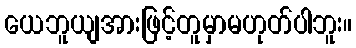
ယေဘူယျအားဖြင့်တူမှာမဟုတ်ပါဘူး။